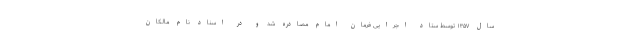
سال ۱۳۵۷ توسط ستاد اجرایی فرمان امام مصادره شد و در اسناد نام مالکان